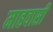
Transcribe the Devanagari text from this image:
माहवासी